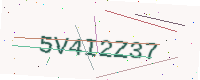
Text: 5V4I2Z37